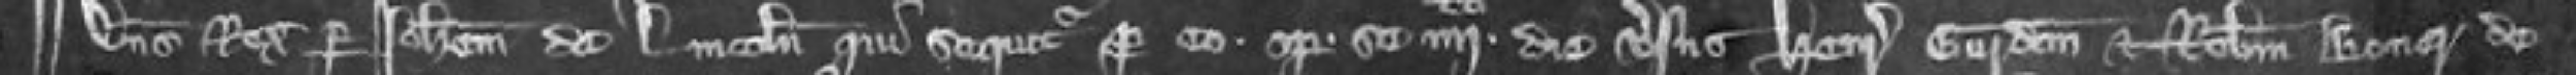
¶Dominus Rex per Johannem de Lincoln qui sequitur pro eo optulit se quarto die versus Henricum Gurdon et Robertum Boner de